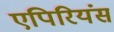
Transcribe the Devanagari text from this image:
एपिरियंस